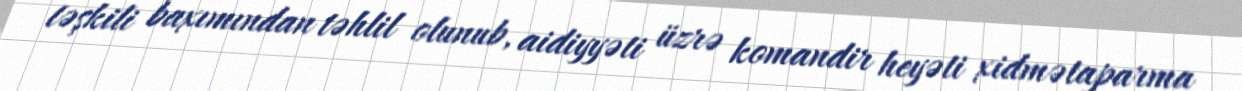
təşkili baxımından təhlil olunub, aidiyyəti üzrə komandir heyəti xidmətaparma